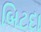
બિટદા